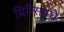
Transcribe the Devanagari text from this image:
प्रिन्सिपचे